Civil Veterinary Dept. North-West Frontier Province 1923-32 - 1923-1932
Year: 1923
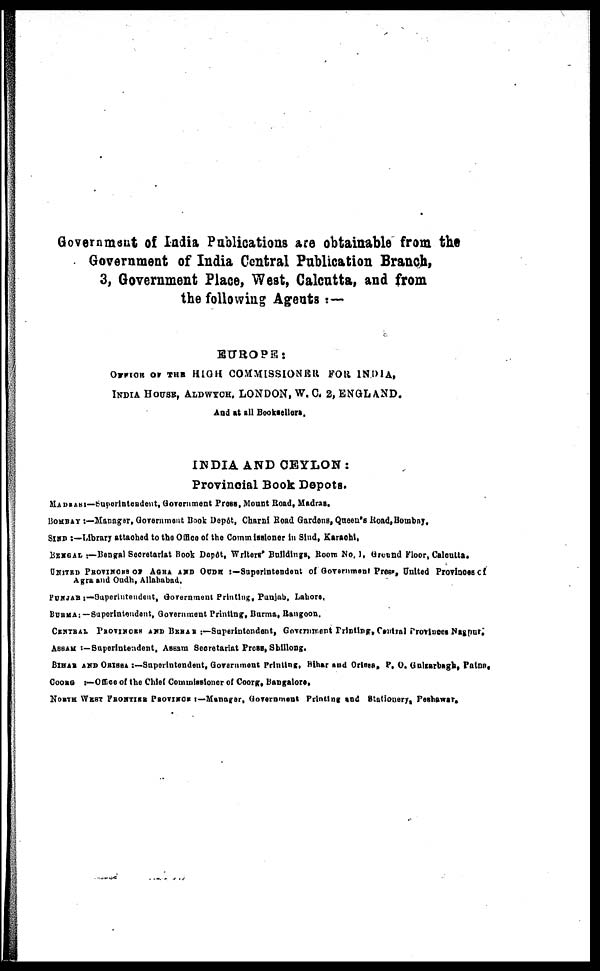
Government of India Publications are obtainable from the
Government of India Central Publication Branch,
3, Government Place, West, Calcutta, and from
the following Agents :—
EUROPE:
OFFICE OF THE HIGH COMMISSIONER FOR INDIA,
INDIA HOUSE, ALDWYCH, LONDON, W. C. 2, ENGLAND.
And at all Booksellers.
INDIA AND CEYLON :
Provincial Book Depots.
MADRAS :—Superintendent, Government Press, Mount Road, Madras.
BOMBAY :—Manager, Government Book Depôt, Charni Road Gardens, Queen's Road, Bombay.
SIND :—Library attached to the Office of the Commissioner in Sind, Karachi,
BENGAL :—Bengal Secretariat Book Dopôt, Writers Buildings, Room No. 1, Ground Floor, Calcutta.
UNITED PROVINCES OF AGRA AND OUDH :—Superintendent of Government Press, United Provinces of
Agra and Oudh, Allahabad.
PUNJAB :—Superintendent, Government Printing, Punjab, Lahore.
BURMA:— Superintendent, Government Printing, Burma, Rangoon.
CENTRAL PROVINCES AND BERAR :—Superintendent, Government Printing, Central Provinces Nagpur.
ASSAM :—Superintendent, Assam Secretariat Press, Shillong.
BIHAR AND ORISSA :—Superintendent, Government Printing, Bihar and Orissa, P. O. Gulzarbagh, Patna.
COORG :—Office of the Chief Commissioner of Coorg, Bangalore.
NORTH WEST FRONTIER PROVINCE :—Manager, Government Printing and Stationery, Peshawar.